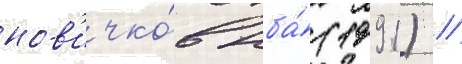
нов'ичко́в нба́ (1991) //